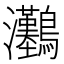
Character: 𤅽